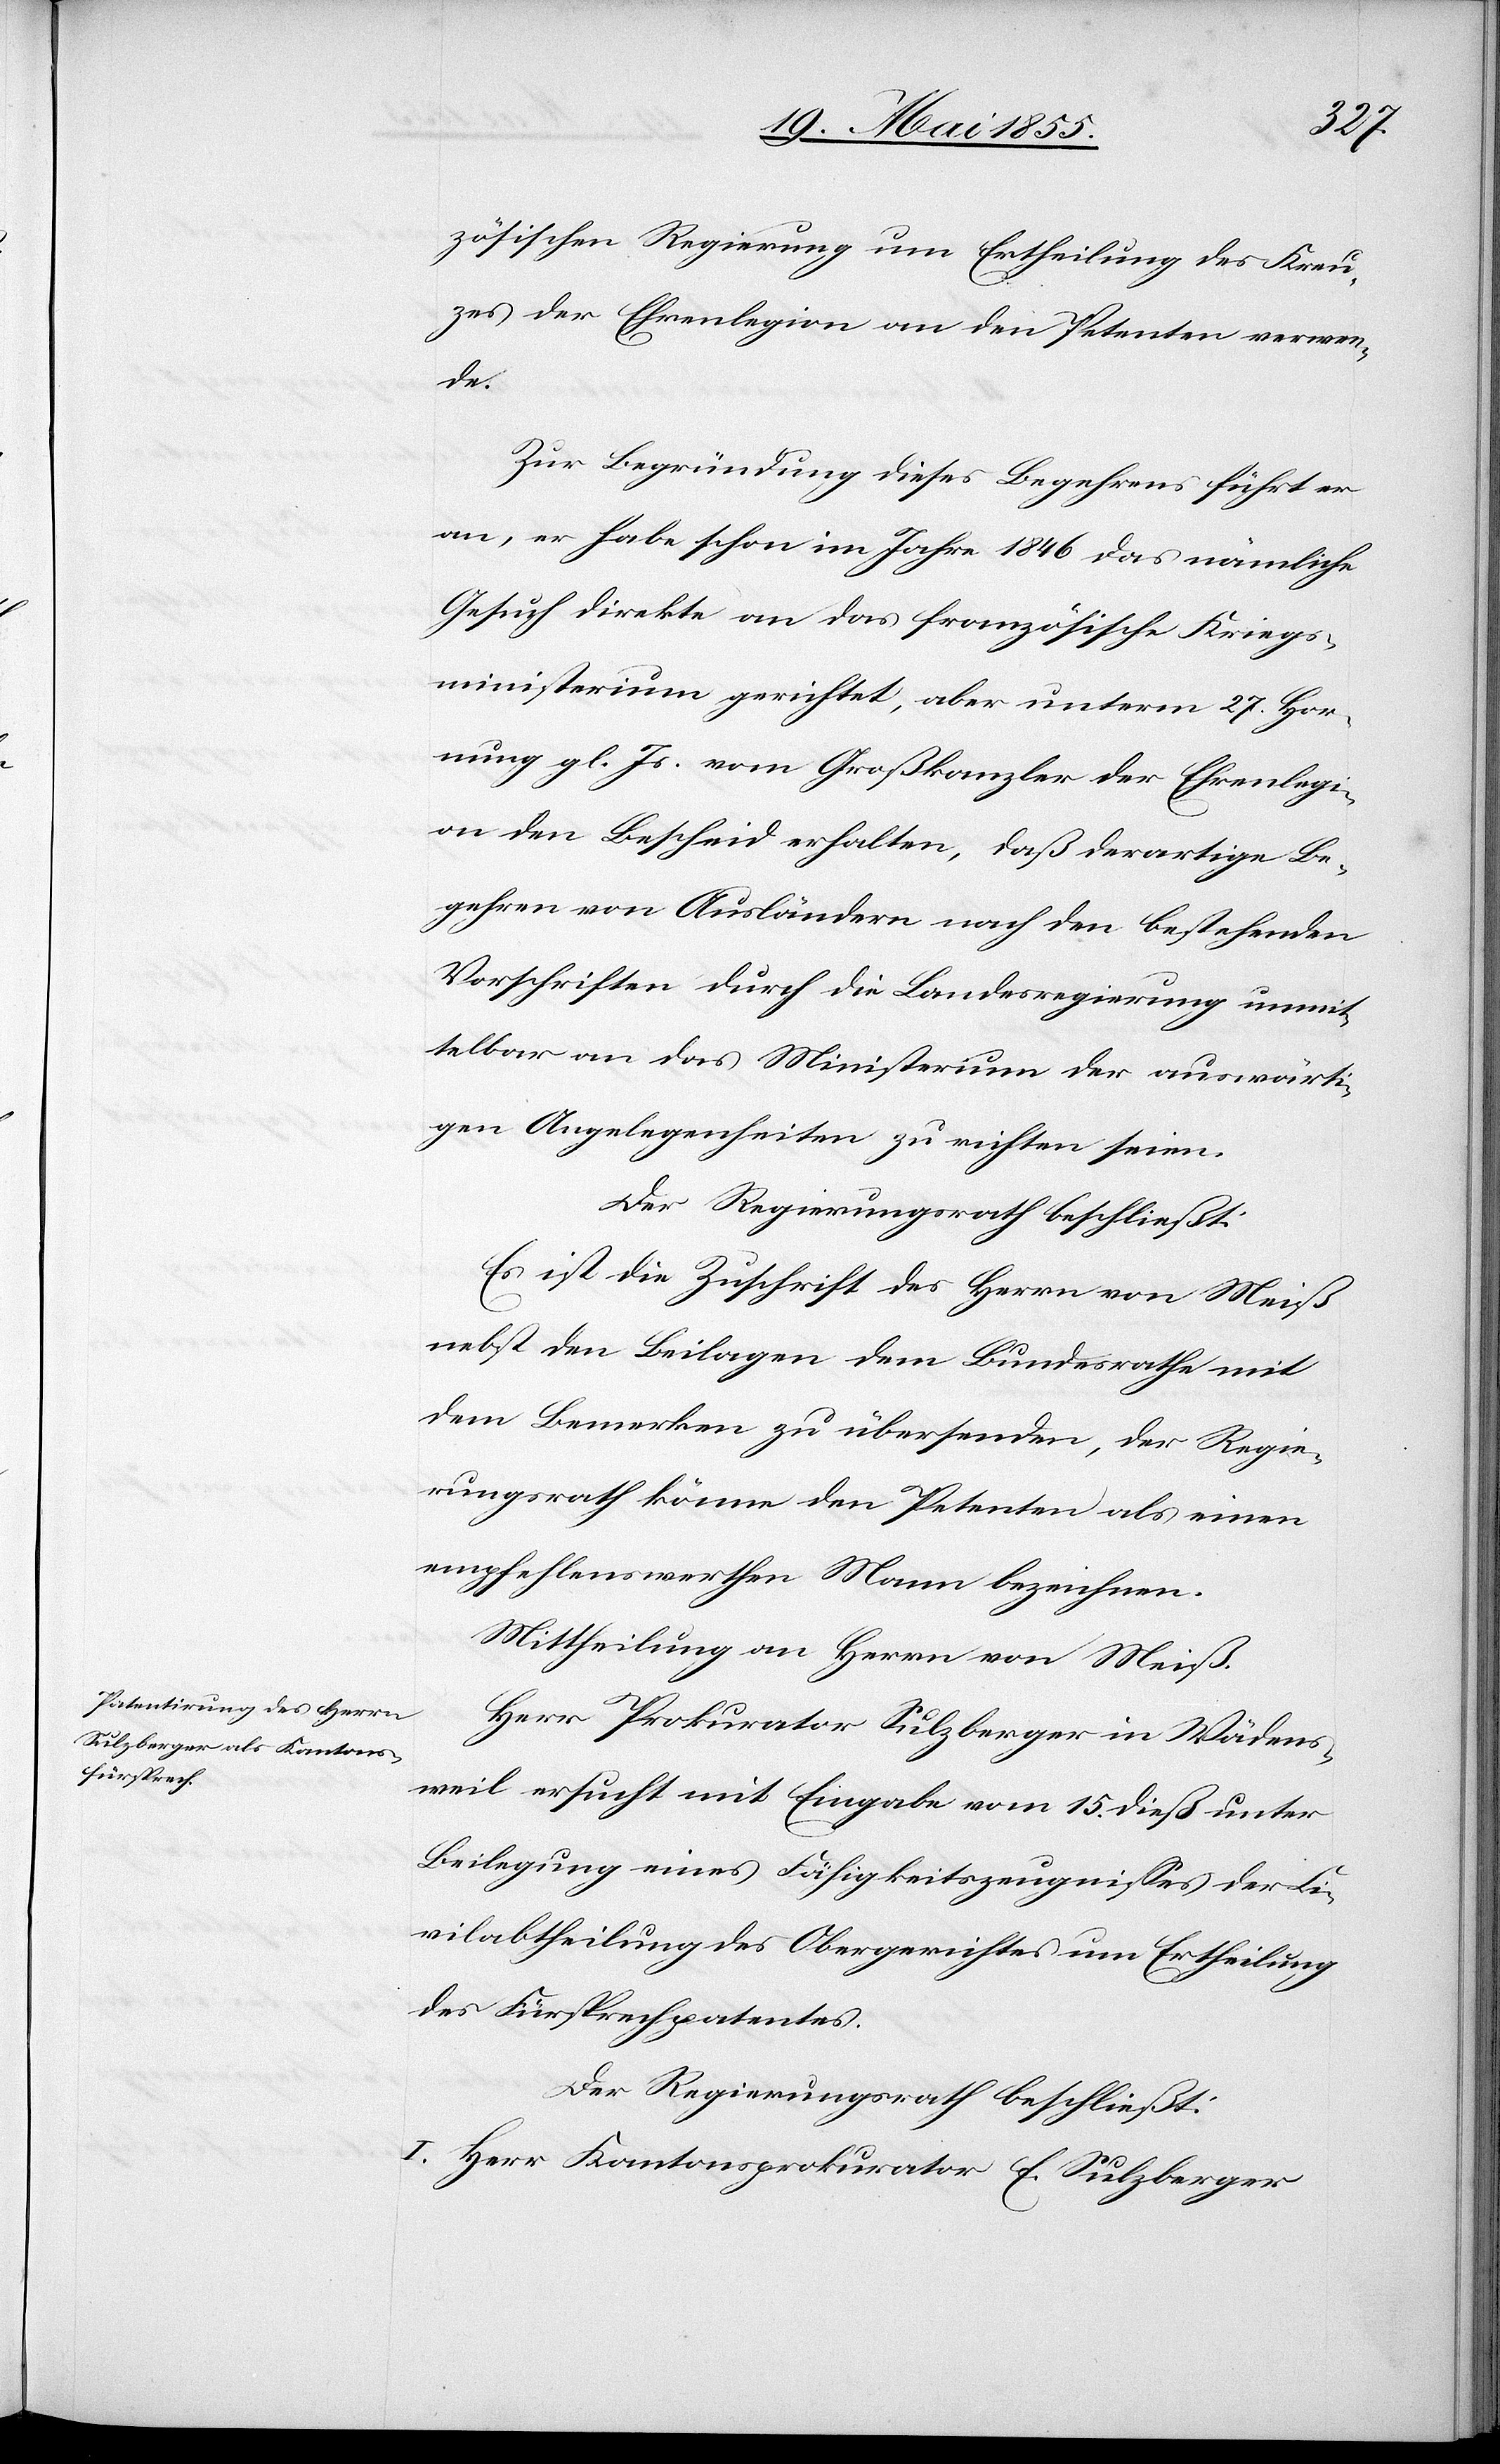
zösischen Regierung um Ertheilung des Kreu¬
zes der Ehrenlegion an den Petenten verwen¬
de.
Zur Begründung dieses Begehrens führt er
an, er habe schon im Jahre 1846 das nämliche
Gesuch direkte an das französische Kriegs¬
ministerium gerichtet, aber unterm 27. Hor¬
nung gl. Js. vom Großkanzler der Ehrenlegi¬
on den Bescheid erhalten, daß derartige Be¬
gehren von Ausländern nach den bestehenden
Vorschriften durch die Landesregierung unmit¬
telbar an das Ministerium der auswärti¬
gen Angelegenheiten zu richten seien.
Der Regierungsrath beschließt:
Es ist die Zuschrift des Herrn von Meiß
nebst den Beilagen dem Bundesrathe mit
dem Bemerken zu übersenden, der Regie¬
rungsrath könne den Petenten als einen
empfehlenswerthen Mann bezeichnen.
Mittheilung an Herrn von Meiß.
Herr Prokurator Sulzberger in Wädens¬
weil ersucht mit Eingabe vom 15. dieß unter
Beilegung eines Fähigkeitszeugnisses der Ci¬
vilabtheilung des Obergerichtes um Ertheilung
des Fürsprechpatentes.
Der Regierungsrath beschließt:
I. Herr Kantonsprokurator E. Sulzberger